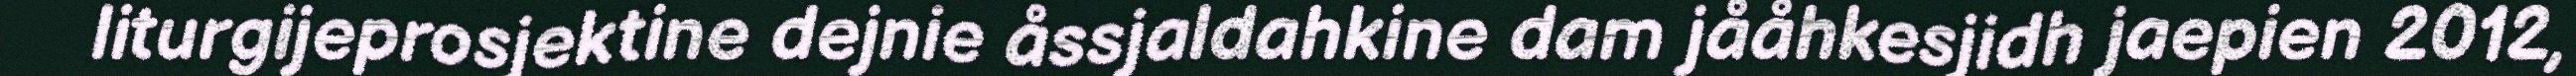
liturgijeprosjektine dejnie åssjaldahkine dam jååhkesjidh jaepien 2012,